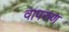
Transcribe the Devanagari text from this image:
वापरुण